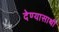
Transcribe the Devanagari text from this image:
देण्यासाथी